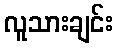
လူသားချင်း